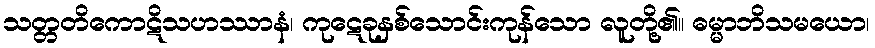
သတ္တတိကောဋိသဟဿာနံ၊ ကုဋေခုနှစ်သောင်းကုန်သော လူတို့၏။ ဓမ္မာဘိသမယော၊